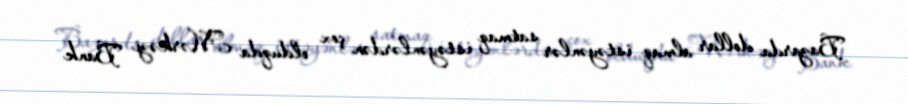
Bazarda dollar almaq istəyənlər satmaq istəyənlərdən çox olduqda Mərkəzi Bank